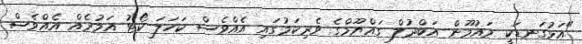
"އަޅުގަނޑަކީ މައުމޫން އަބްދުލް ގައްޔޫމްގެ ވެރިކަމުގައި އެއްވެސް ކަހަލަ ކޯޓު އަމުރެއް އެއްވެސް